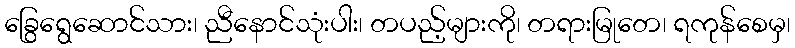
ခြွေရွေဆောင်သား၊ ညီနောင်သုံးပါး၊ တပည့်များကို၊ တရားမြုတေ၊ ရကုန်စေမှ၊